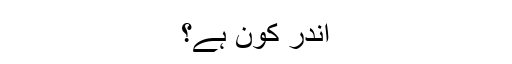
اندر کون ہے؟